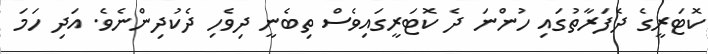
ކޮޓަރީގެ ދެފަރާތުގައި ހުންނަ ދެ ކޮޓަރީގައިވެސް ތިބެނީ ދިވެހި ދެކުދިންނެވެ. އަދި ހަމަ